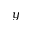
y